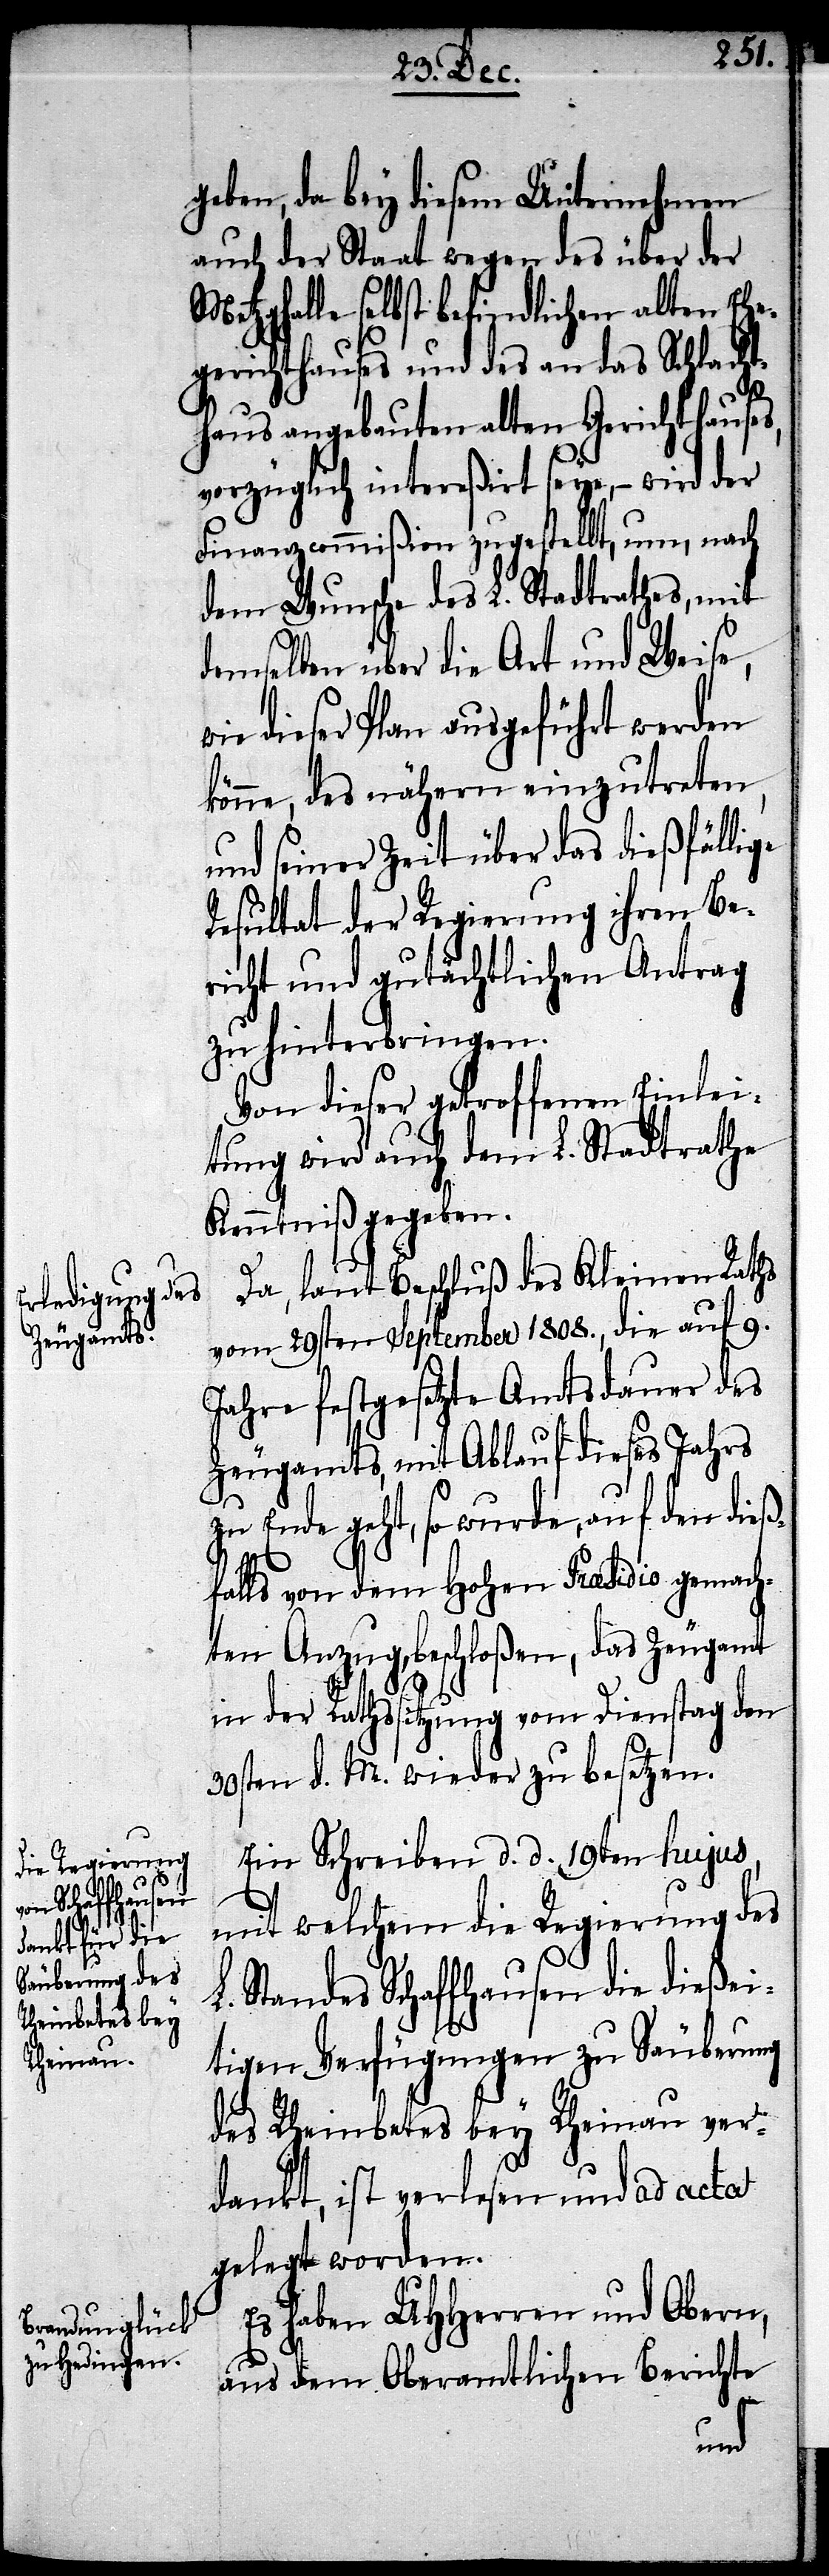
w¬

geben, da bey diesem Unternehmen
auch der Staat wegen des über der
Metzghalle selbst befindlichen alten Ehe¬
gerichthauses und des an das Schlacht¬
haus angebauten alten Gerichthauses,
vorzüglich intereßirt seye, – wird der
Finanzcommißion zugestellt, um, nach
dem Wunsche des L. Stadtrathes, mit
demselben über die Art und Weise,
ie dieser Plan ausgeführt werden
könne, des nähern einzutreten,
und seiner Zeit über das dießfällige
Resultat der Regierung ihren Be¬
richt und gutächtlichen Antrag
zu hinterbringen.
Von dieser getroffenen Einlei¬
tung wird auch dem L. Stadtrathe
Kenntniß gegeben.
Da, laut Beschluß des Kleinen Raths
vom 29sten September 1808., die auf 9.
Jahre festgesetzte Amtsdauer des
Zeugamts, mit Ablauf diese Jahrs
zu Ende geht, so wurde, auf den dieß¬
falls von dem Hohen Præsidio gemach¬
ten Anzug, beschloßen, das Zeugamt
in der Rathssitzung vom Dienstag den
30sten d. M. wieder zu besetzen.
Ein Schreiben d. d. 19ten hujus,
mit welchem die Regierung des
L. Standes Schaffhausen die dießei¬
tigen Verfügungen zu Säuberung
des Rheinbetes bey Rheinau ver¬
dankt, ist verlesen und ad acta
gelegt worden.
Es haben UHHerren und Obern,
aus dem Oberamtlichen Berichte,